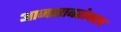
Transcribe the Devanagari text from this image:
आजाराबरोबरच